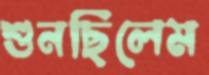
শুনছিলেম